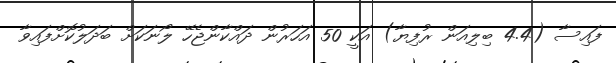
ފައިސާ (4.4 ބިލިއަން ރުފިޔާ) އަކީ 50 އަހަރުން ދައްކާންޖެހޭ ލޯނަކަށް ބަދަލުކޮށްފައިވާ